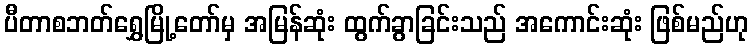
ပီတာစဘတ်ရွှေမြို့တော်မှ အမြန်ဆုံး ထွက်ခွာခြင်းသည် အကောင်းဆုံး ဖြစ်မည်ဟု